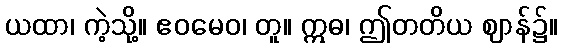
ယထာ၊ ကဲ့သို့။ ဧဝမေဝ၊ တူ။ ဣဓ၊ ဤတတိယ ဈာန်၌။